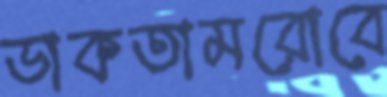
ডাকতামরোবে